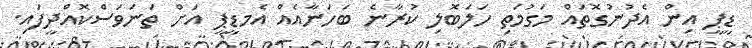
ޑީޕީ އިން އެދުނުގޮތައް މަގުމަތި ހަލަބޮލި ކުރާނެ ބަހަނާއެއް އެމޑީޕީ އަށް ތަނަވަސްކޮއްދީފައި.